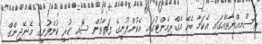
ރަސްމިއްޔާތެއްގައި އެކަމާ ބެހޭ އެގްރިމެންޓުގައި އެކުންފުނީގެ ފަރާތުން ސޮއި ކުރީ ކުންފުނީގެ މެނޭޖިންގް